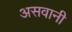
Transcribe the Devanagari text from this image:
असवानी